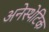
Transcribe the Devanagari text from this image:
अनेस्थेटिक